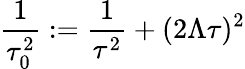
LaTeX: \frac{1}{\tau_{0}^{2}}:=\frac{1}{\tau^{2}}+(2\Lambda\tau)^{2}